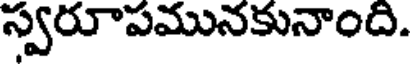
స్వరూపమునకునాంది.